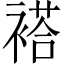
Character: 褡